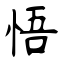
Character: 悟